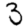
Digit: 3